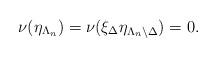
LaTeX: \begin{align*} \nu(\eta_{\Lambda_n}) = \nu(\xi_{\Delta}\eta_{\Lambda_n \setminus \Delta}) = 0. \end{align*}